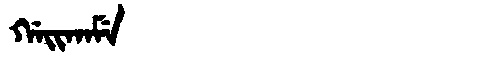
Manchu: ᡤᠠᡳᡴᠠᠮᡝ
Romanization: GAIKAME